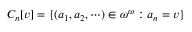
C _ { n } [ v ] = \{ ( a _ { 1 } , a _ { 2 } , \cdots ) \in \omega ^ { \omega } : a _ { n } = v \}